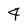
Character: 4